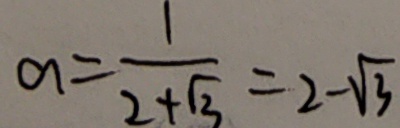
a = \frac { 1 } { 2 + \sqrt { 3 } } = 2 - \sqrt { 3 }